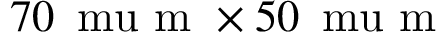
7 0 \, \mathrm { \ m u } \mathrm { ~ m ~ } \times 5 0 \, \mathrm { \ m u } \mathrm { ~ m ~ }